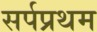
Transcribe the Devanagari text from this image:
सर्पप्रथम